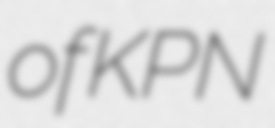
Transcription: of KPN